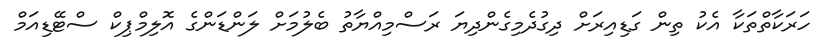
ހަރަކާތްތަކާ އެކު ތިން ގަޑިއިރަށް ދިގުދެމިގެންދިޔަ ރަސްމިއްޔާތު ބެލުމަށް ލަންޑަންގެ އޮލިމްޕިކް ސްޓޭޑިއަމް